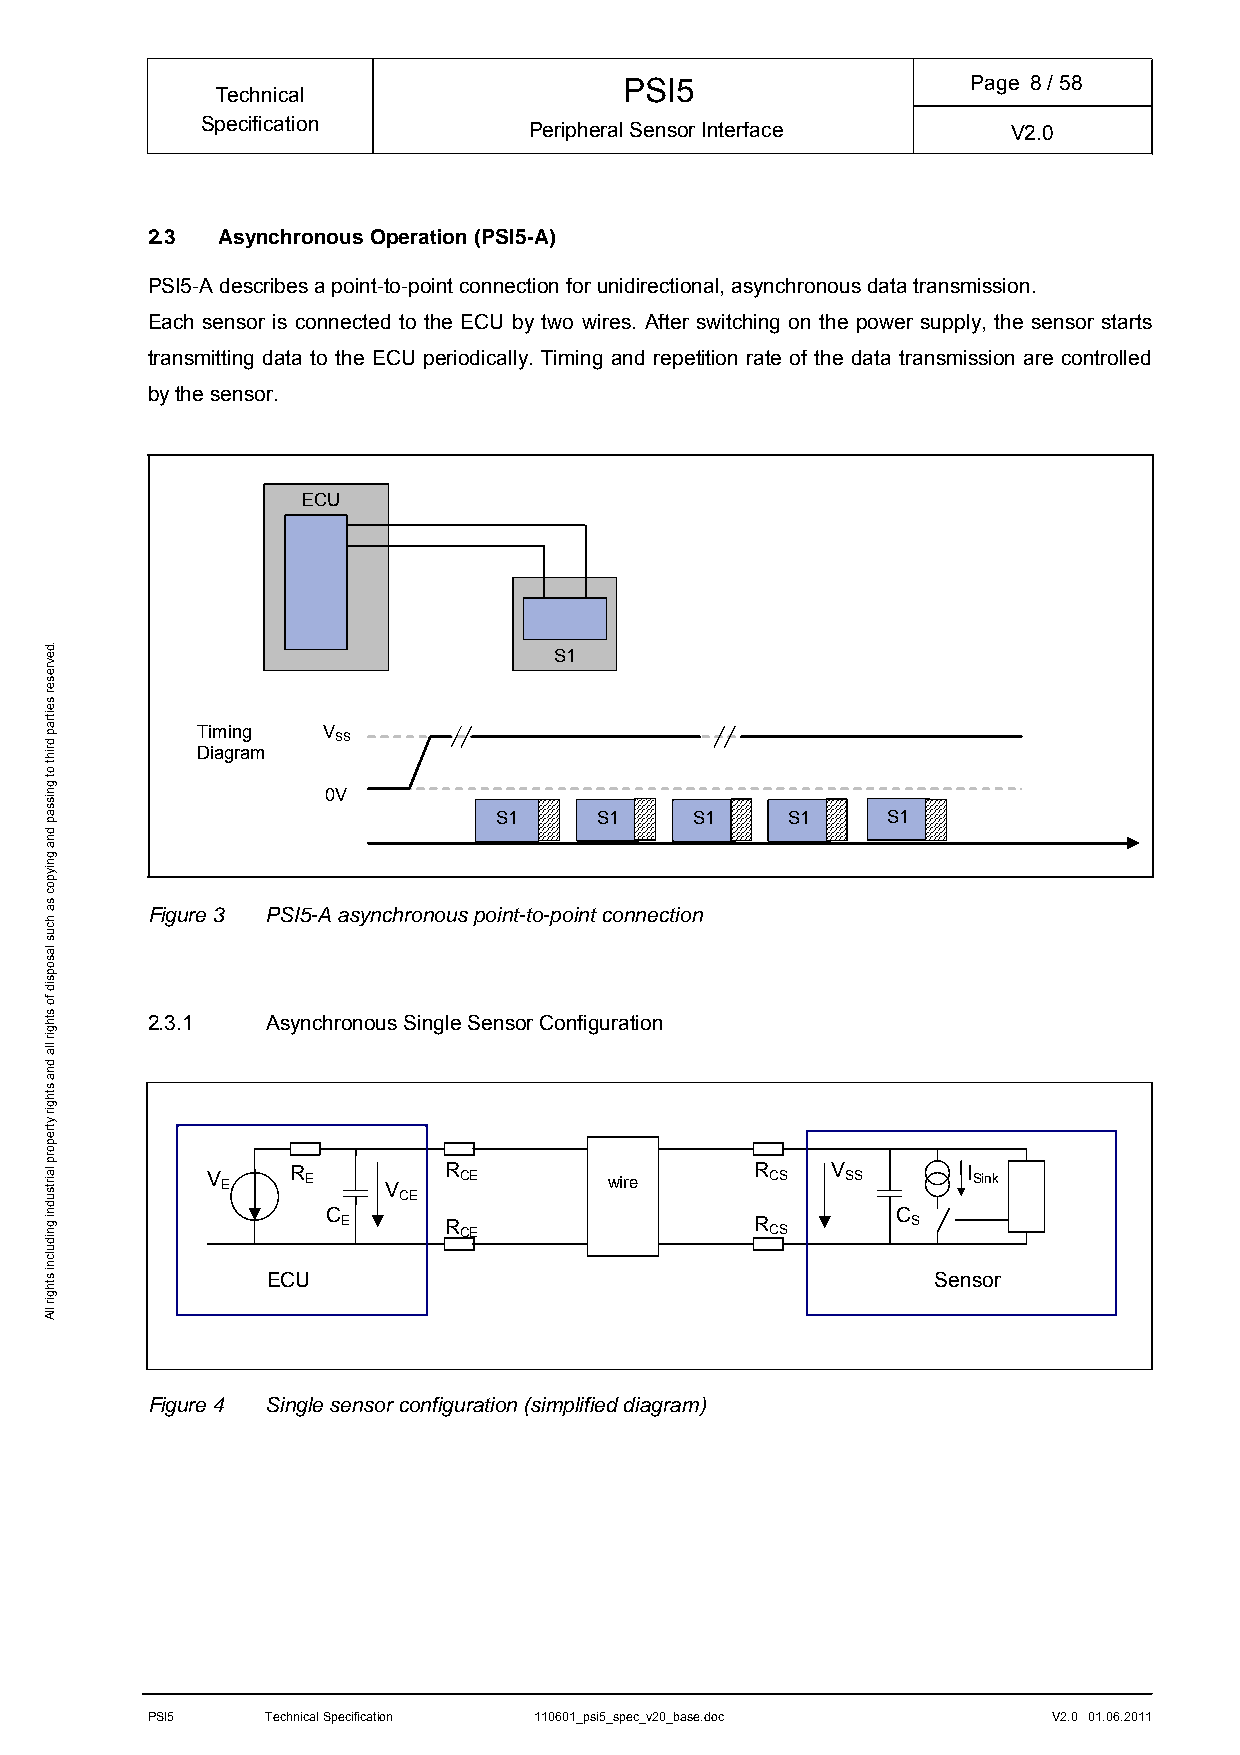
PSI5                   Page 8/ 58
 Technical
 Specification         Peripheral Sensor Interface     V2.0
 2.3 Asynchronous Operation (PSI5-A)
 PSI5-A describes a point-to-point connection for unidirectional, asynchronous data transmission.
 Each sensor is connected to the ECU by two wires. After switching on the power supply, the sensor starts
 transmitting data to the ECU periodically. Timing and repetition rate of the data transmission are controlled
 by the sensor.
 ECU
 S1
 Timing  V
 SS
 Diagram
 0V
 S1    S1     S1    S1     S1
 Figure 3 PSI5-A asynchronous point-to-point connection
 2.3.1   Asynchronous Single Sensor Configuration
 V E  R E   V   R CE       wire      R CS V SS     I Sink
 CE
 C                                    C
 E     R                    R         S CE CS
 ECU                                         Sensor
 Figure 4 Single sensor configuration (simplified diagram)
 PSI5    Technical Specification 110601_psi5_spec_v20_base.doc V2.0 01.06.2011
 .devreser
 seitrap
 driht
 ot
 gnissap
 dna
 gniypoc
 sa
 hcus
 lasopsid
 fo
 sthgir
 lla
 dna
 sthgir
 ytreporp
 lairtsudni
 gnidulcni
 sthgir
 llA